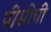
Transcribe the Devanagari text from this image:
पीसीची